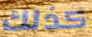
كذلك